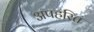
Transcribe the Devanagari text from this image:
अपहरित